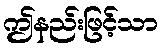
ဤနည်းဖြင့်သာ